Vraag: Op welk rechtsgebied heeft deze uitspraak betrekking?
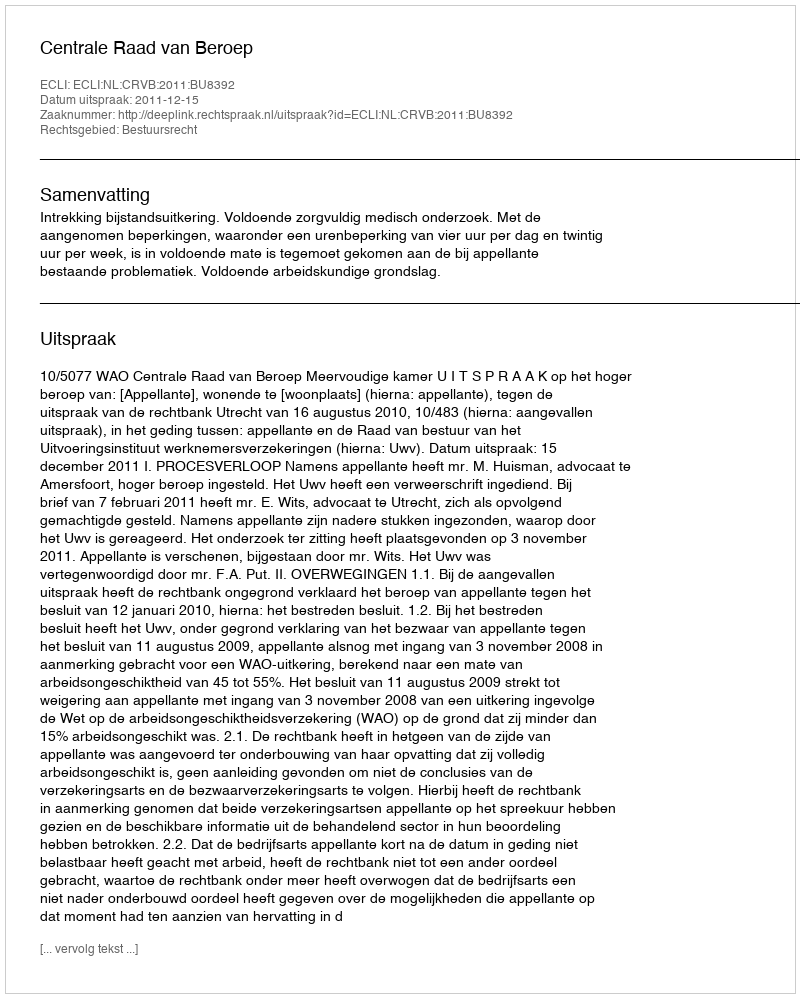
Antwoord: Bestuursrecht